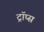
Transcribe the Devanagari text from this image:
ट्रॉप्स